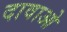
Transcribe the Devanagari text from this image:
दावाओ